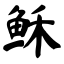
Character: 稣